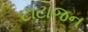
ટાટાજન